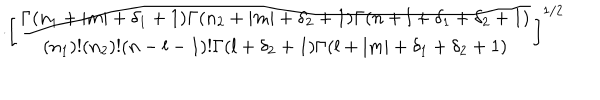
\cdot \left[ \frac { \Gamma ( n _ { 1 } + | m | + \delta _ { 1 } + 1 ) \Gamma ( n _ { 2 } + | m | + \delta _ { 2 } + 1 ) \Gamma ( n + l + \delta _ { 1 } + \delta _ { 2 } + 1 ) } { ( n _ { 1 } ) ! ( n _ { 2 } ) ! ( n - l - 1 ) ! \Gamma ( l + \delta _ { 2 } + 1 ) \Gamma ( l + | m | + \delta _ { 1 } + \delta _ { 2 } + 1 ) } \right] ^ { 1 / 2 }